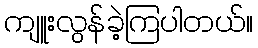
ကျူးလွန်ခဲ့ကြပါတယ်။